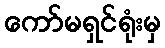
ကော်မရှင်ရုံးမှ